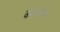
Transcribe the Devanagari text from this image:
काकलक